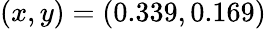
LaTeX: (x,y)=(0.339,0.169)